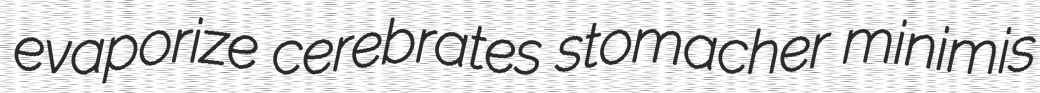
evaporize cerebrates stomacher minimis